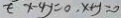
\in x - 4 y = 0 , x + y = 0